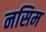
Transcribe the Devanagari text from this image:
नसिम